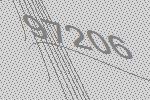
97206